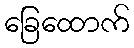
ခြေထောက်